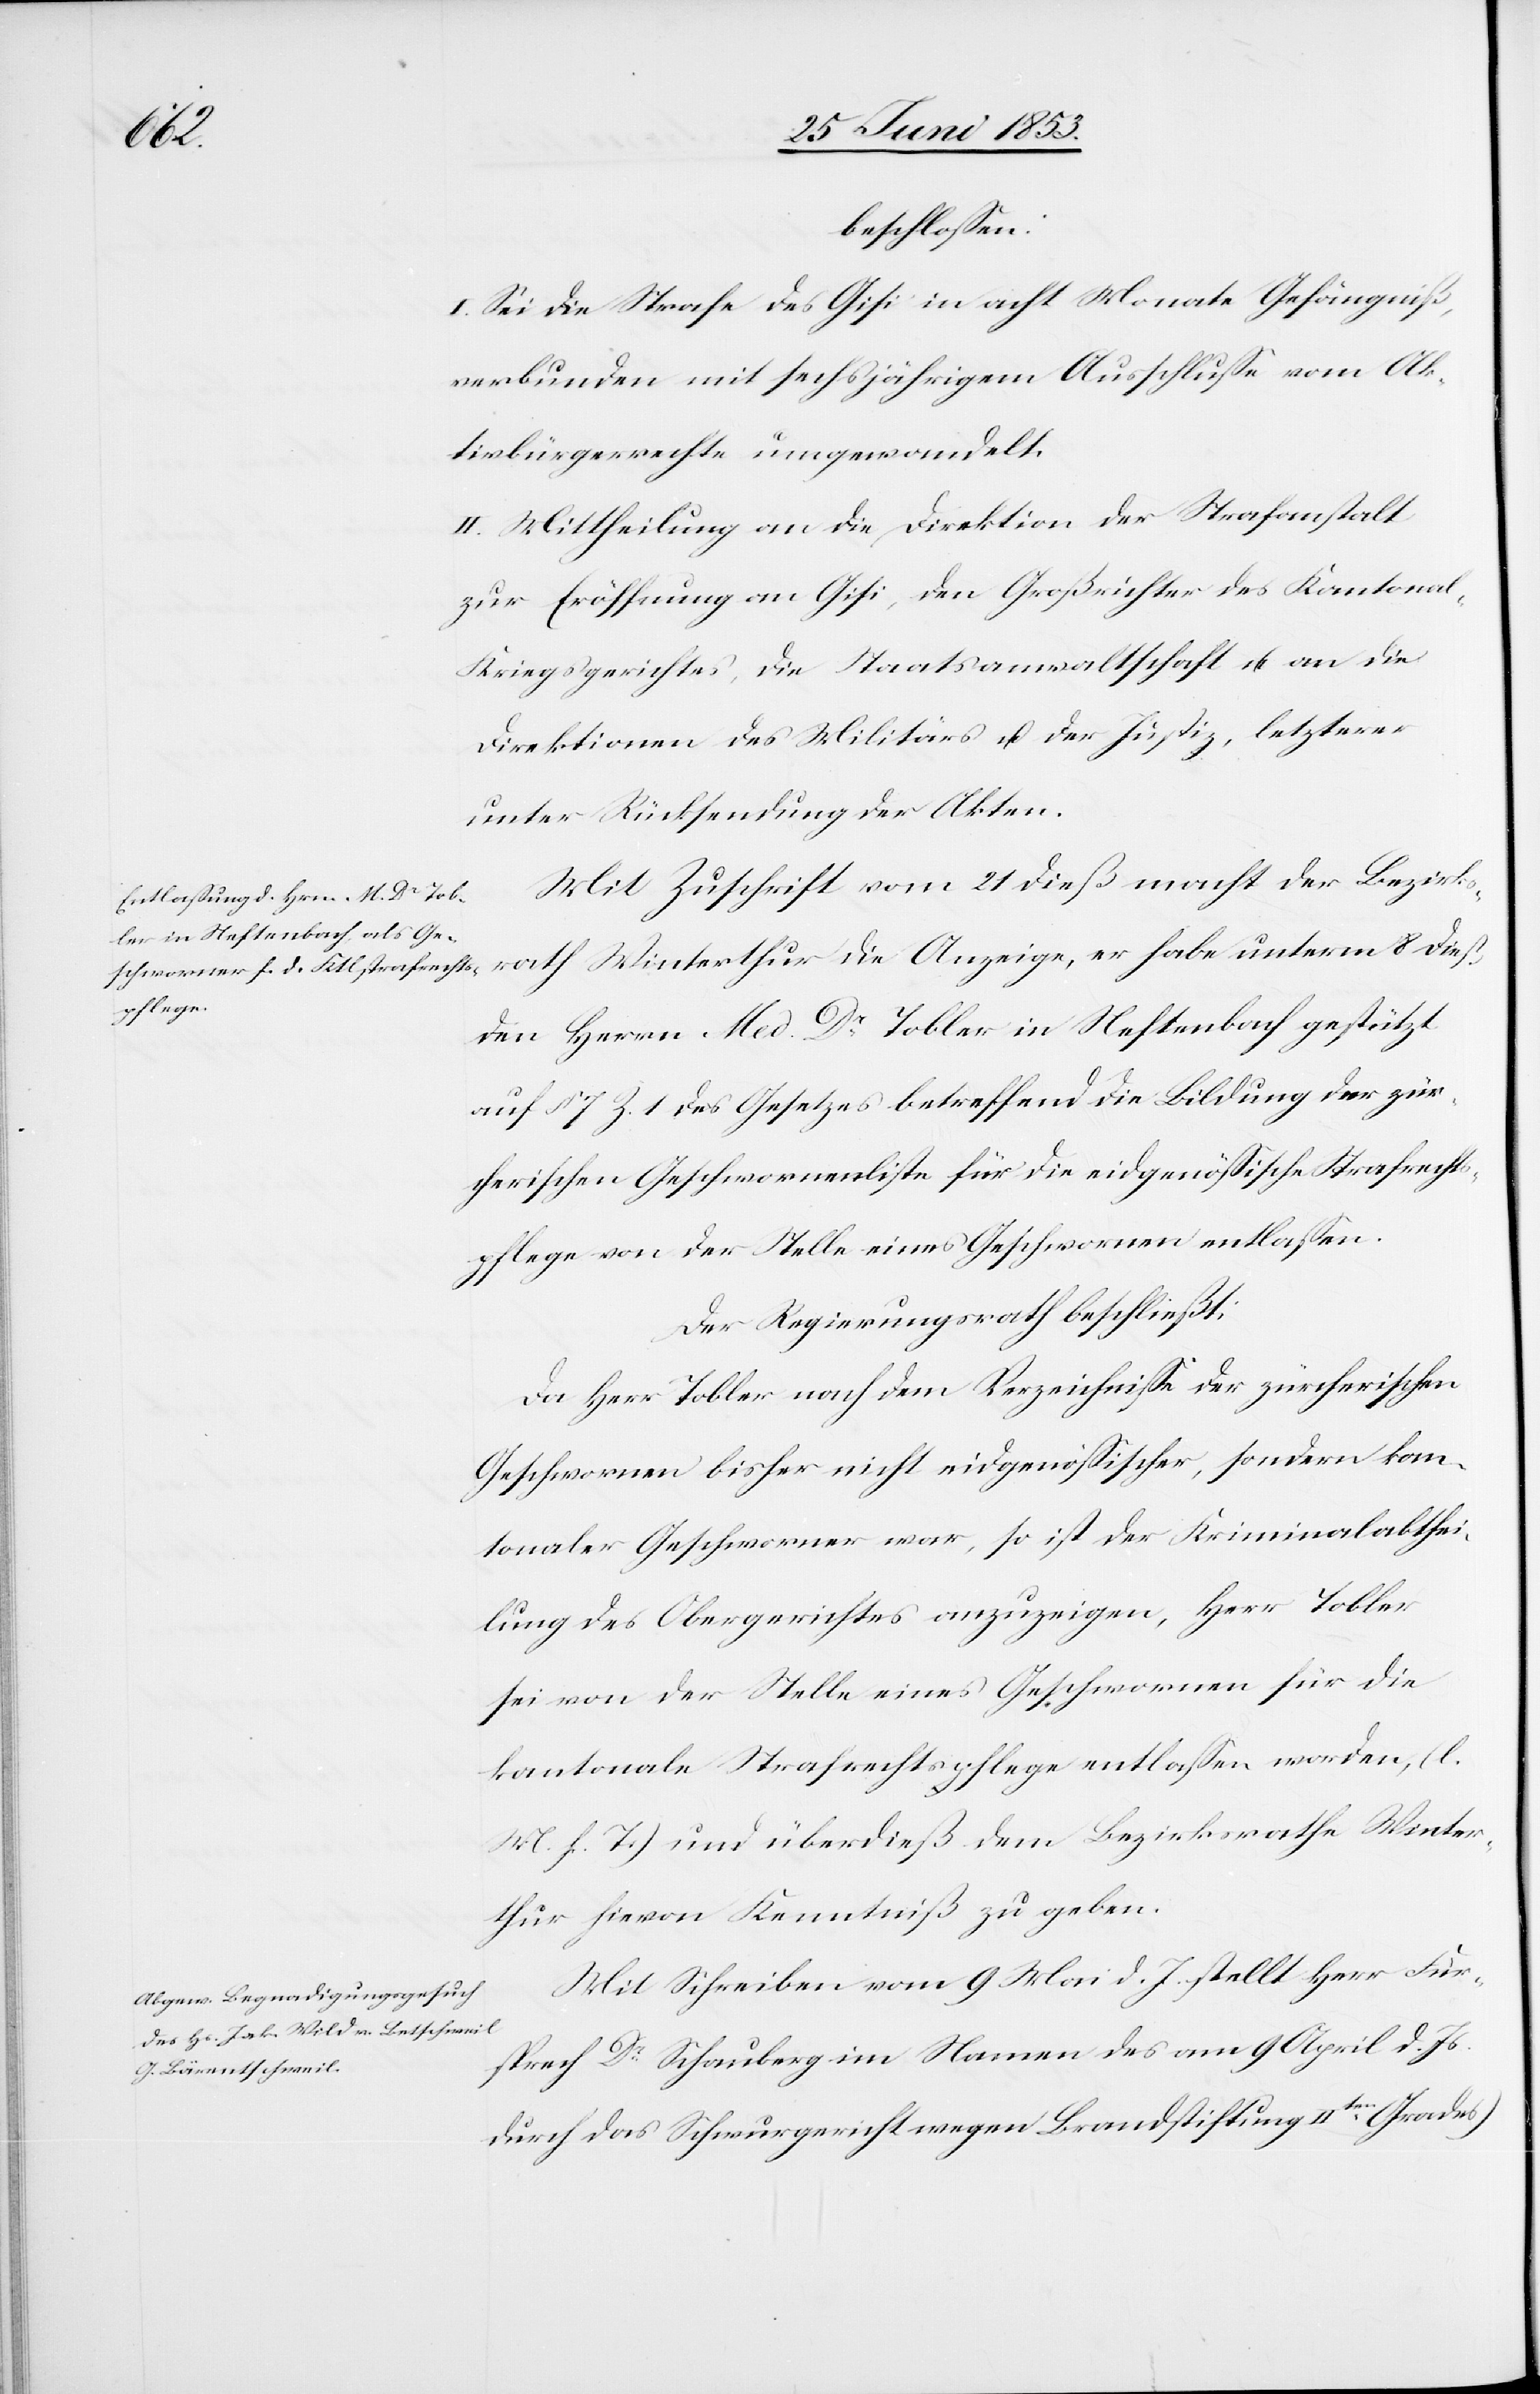
beschloßen:
I. Sei die Strafe des Gisi in acht Monate Gefängniß,
verbunden mit sechsjährigem Ausschluße vom Ak¬
tivbürgerrechte umgewandelt.
II. Mittheilung an die Direktion der Strafanstalt
zur Eröffnung an Gisi, den Großrichter des Kantonal-K¬
riegsgerichtes, die Staatsanwaltschaft u. an die
Direktionen des Militärs u. der Justiz, letzterer
unter Rücksendung der Akten.
Mit Zuschrift vom 21 dieß macht der Bezirks¬
rath Winterthur die Anzeige, er habe unterm 8 dieß
den Herrn Med. Dr. Tobler in Neftenbach gestützt
auf § 7 Z. 1 des Gesetzes betreffend die Bedingung der zür¬
cherischen Geschworenenliste für die eidgenößische Strafrechts¬
pflege von der Stelle eines Geschworenen entlaßen.
Der Regierungsrath beschließt:
Da Herr Tobler nach dem Verzeichniße der zürcherischen
Geschworenen bisher nicht eidgenößischer, sondern kan¬
tonaler Geschworener war, so ist der Kriminalabthei¬
lung des Obergerichtes anzuzeigen, Herr Tobler
sei von der Stelle eines Geschworenen für die
kantonale Strafrechtspflege entlaßen worden, [l.
M. h. T] und überdieß dem Bezirksrathe Winter¬
thur hievon Kenntniß zu geben.
Mit Schreiben vom 9 Mai d. J. stellt Herr Für¬
sprech Dr. Schauberg im Namen des am 9 April d. Js.
durch das Schwurgericht wegen Brandstiftung IIten. Grades